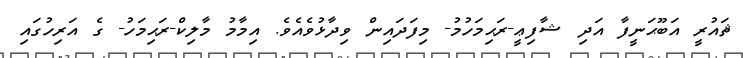
ޘައުރީ އަބޫޙަނީފާ އަދި ޝާފިޢީ-ރަޙިމަހުމު- މިފަދައިން ވިދާޅުވެއެވެ. އިމާމު މާލިކް-ރަޙިމަހު- ގެ އަރިހުގައި